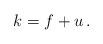
LaTeX: \begin{align*}k=f+u \,.\end{align*}